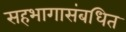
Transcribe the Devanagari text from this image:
सहभागासंबधित